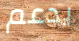
يدعم